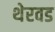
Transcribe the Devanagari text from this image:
थेरवड